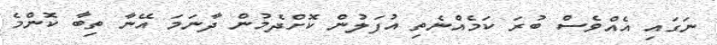
ނަގައި އެއްވެސް ބުރަ ކަމެއްނެތި އުފަލުން ކޮށްދެމުން ދާނަމަ އޭނާ ތިބާ ކޮންމެ